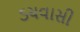
ડચવાસી